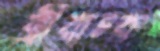
স্ত্রীবাচক